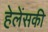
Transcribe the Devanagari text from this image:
हेलेंसकी